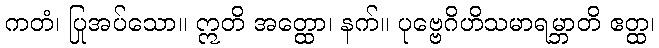
ကတံ၊ ပြုအပ်သော။ ဣတိ အတ္ထော၊ နက်။ ပုဗ္ဗေဂိဟိသမာရမ္ဘာတိ ဧတ္ထ၊